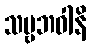
သဗ္ဗဘဝါနိ